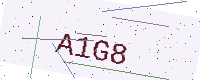
Text: A1G8